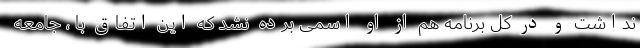
نداشت و در کل برنامه هم از او اسمی برده نشد که این اتفاق با ، جامعه